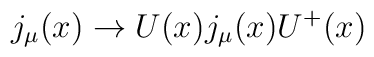
j_\mu (x)\rightarrow U(x)j_\mu (x)U^{+}(x)